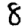
Digit: 8